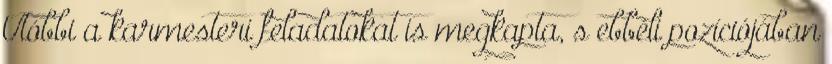
Utóbbi a karmesteri feladatokat is megkapta, s ebbéli pozíciójában